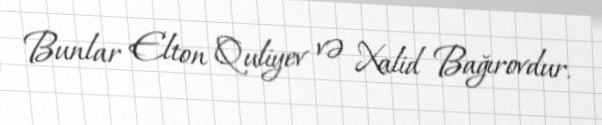
Bunlar Elton Quliyev və Xalid Bağırovdur.